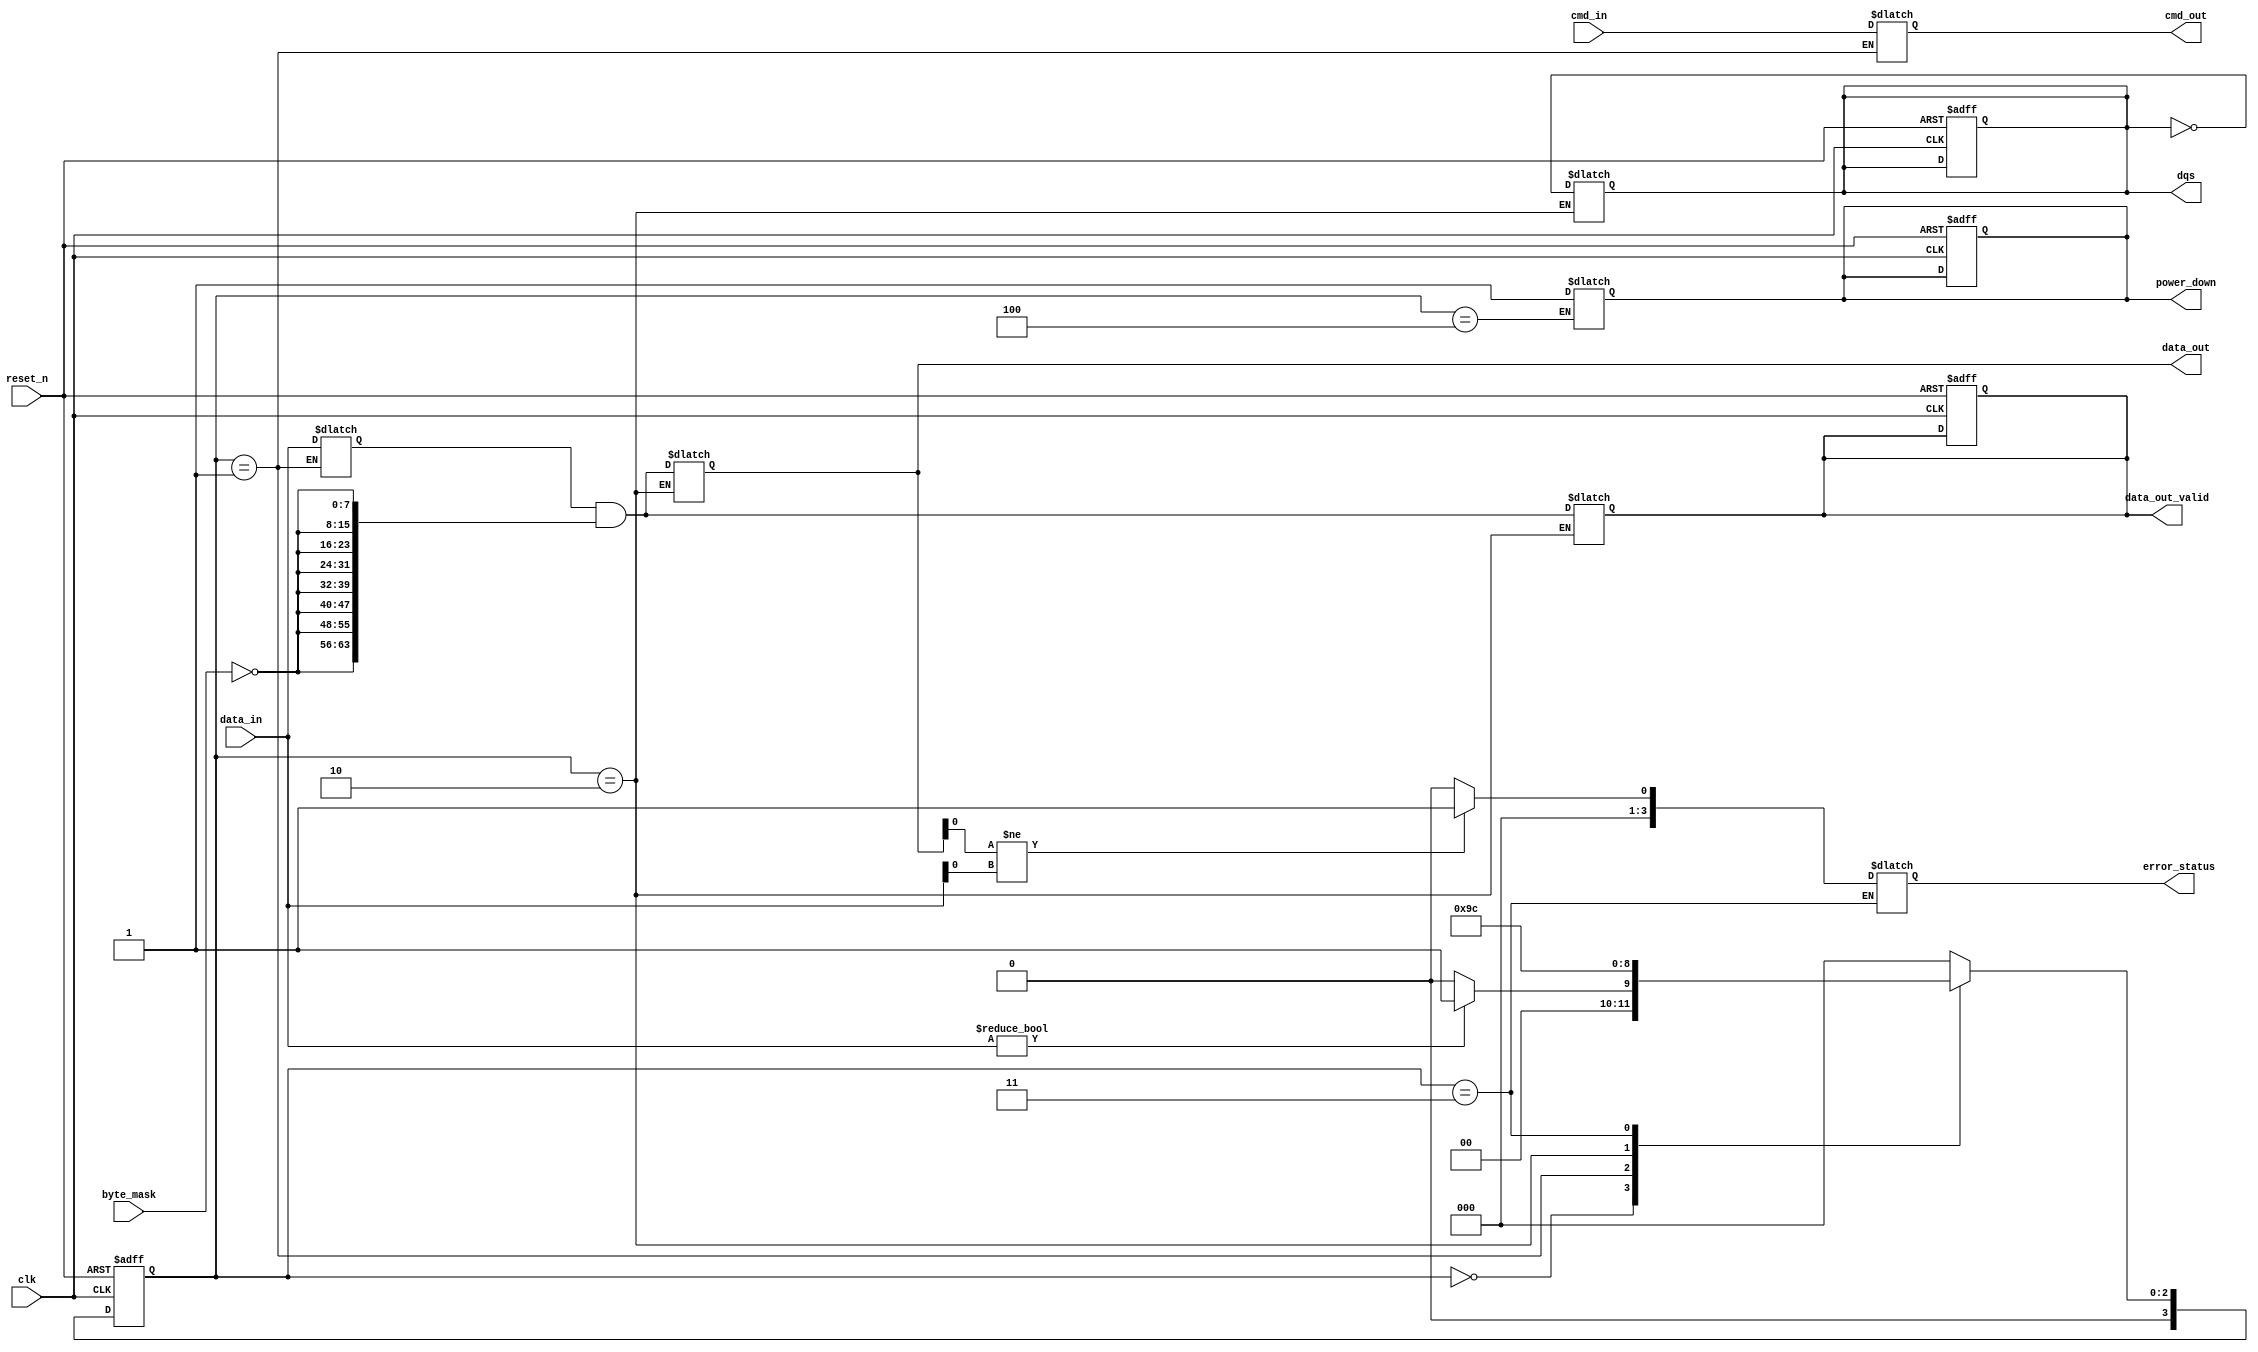
module gddr_io_block (
    input wire clk,                      // Main clock input
    input wire reset_n,                  // Active low reset
    input wire [63:0] data_in,           // Data input (64 bits)
    input wire [7:0] cmd_in,             // Command input (8 bits)
    input wire [7:0] byte_mask,          // Byte mask for data lanes
    output reg [63:0] data_out,          // Data output (64 bits)
    output reg [7:0] cmd_out,            // Command output (8 bits)
    output reg dqs,                      // Data Strobe output
    output reg [63:0] data_out_valid,    // Data valid signal
    output reg power_down,               // Power down control
    output reg [3:0] error_status        // Error status output
);

// Internal signals
reg [63:0] data_buffer;                 // Buffer for data
reg [7:0] cmd_buffer;                   // Buffer for commands
reg [3:0] state;                        // State machine for initialization
reg [3:0] next_state;                   // Next state for FSM
reg [3:0] error_count;                  // Error count for ECC

// State definitions
localparam IDLE          = 4'b0000;
localparam INIT          = 4'b0001;
localparam DATA_TRANSFER  = 4'b0010;
localparam ERROR_DETECT  = 4'b0011;
localparam POWER_DOWN     = 4'b0100;

// Initialization sequence
always @(posedge clk or negedge reset_n) begin
    if (!reset_n) begin
        state <= IDLE;
        power_down <= 1'b0;
        error_count <= 4'b0000;
        dqs <= 1'b0;
        data_out_valid <= 64'b0;
    end else begin
        state <= next_state;
    end
end

// State machine for operation
always @(*) begin
    case (state)
        IDLE: begin
            if (data_in != 64'b0) begin
                next_state = INIT;
            end else begin
                next_state = IDLE;
            end
        end
        
        INIT: begin
            // Initialization logic
            cmd_out = cmd_in;
            data_buffer = data_in;
            next_state = DATA_TRANSFER;
        end
        
        DATA_TRANSFER: begin
            // Data transfer logic
            data_out = data_buffer & {64{~byte_mask}}; // Apply byte mask
            data_out_valid = data_out; // Indicate data is valid
            dqs = ~dqs; // Toggle DQS for data strobe
            next_state = ERROR_DETECT;
        end
        
        ERROR_DETECT: begin
            // Simple error detection logic (for illustration)
            if (data_out[0] != data_in[0]) begin
                error_count = error_count + 1;
                error_status = 4'b0001; // Indicate error
            end else begin
                error_status = 4'b0000; // No error
            end
            next_state = POWER_DOWN; // Move to power down
        end
        
        POWER_DOWN: begin
            // Power management logic
            power_down = 1'b1; // Enable power down
            next_state = IDLE; // Return to idle
        end
        
        default: next_state = IDLE; // Default to idle
    endcase
end

endmodule